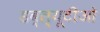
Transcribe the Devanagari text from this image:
डब्‍ल्यूटीओ